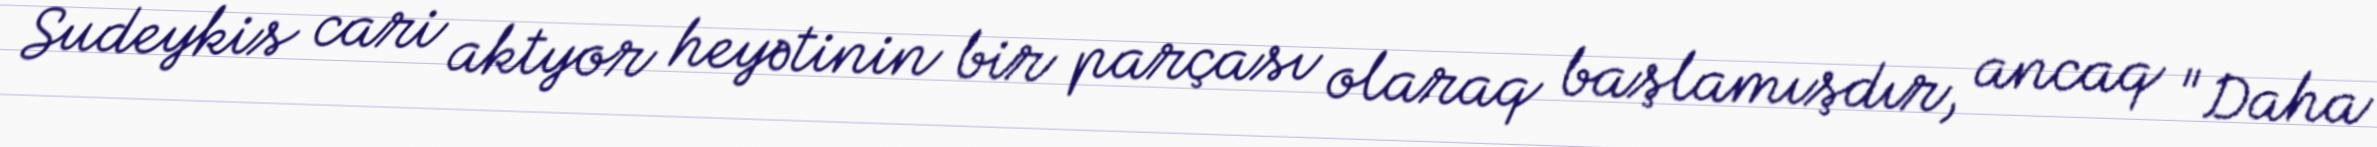
Sudeykis cari aktyor heyətinin bir parçası olaraq başlamışdır, ancaq "Daha